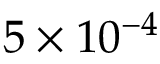
5 \times 1 0 ^ { - 4 }